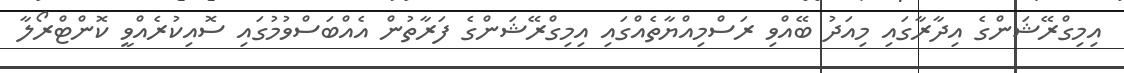
އިމިގްރޭޝަންގެ އިދާރާގައި މިއަދު ބޭއްވި ރަސްމިއްޔާތެއްގައި އިމިގްރޭޝަންގެ ފަރާތުން އެއްބަސްވުމުގައި ސޮއިކުރެއްވީ ކޮންޓްރޯލާ